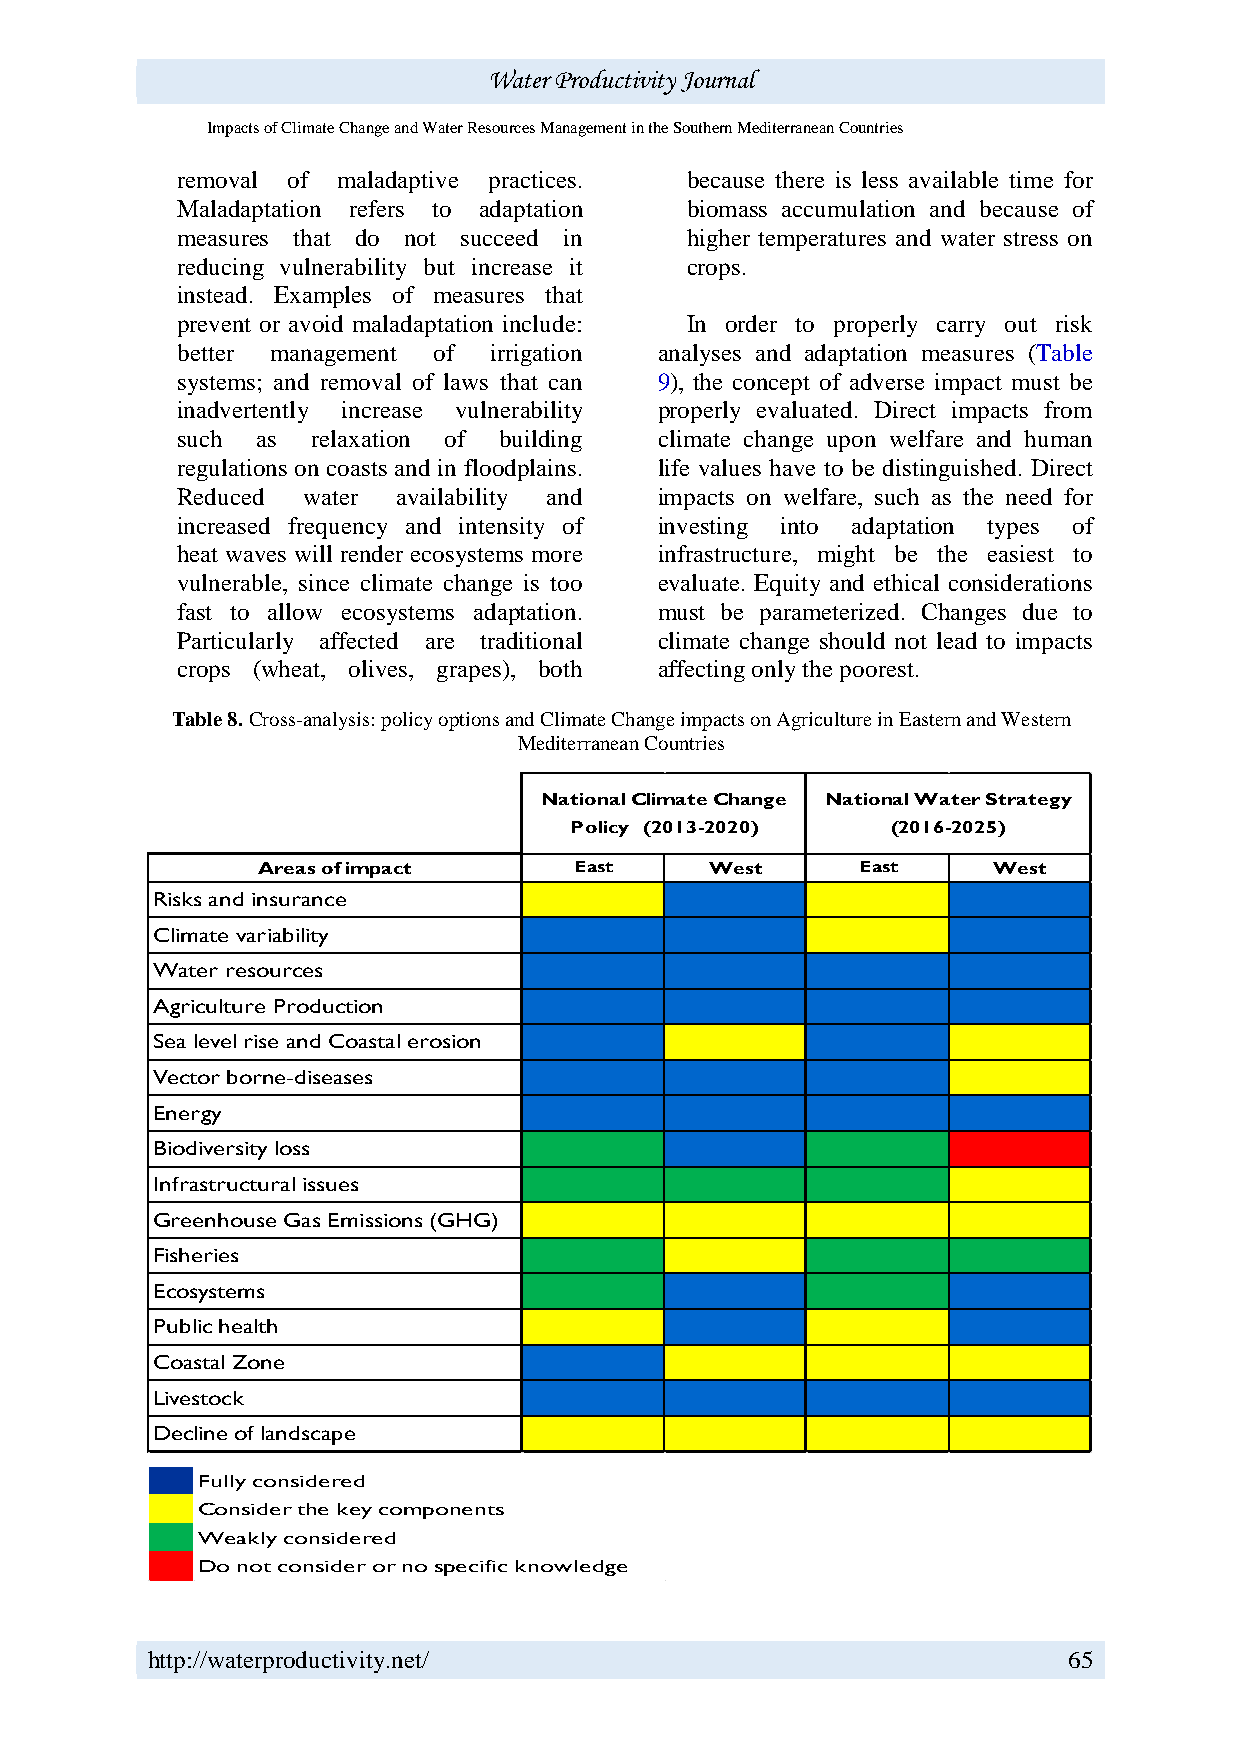
Water Productivity Journal
 Impacts of Climate Change and Water Resources Management in the Southern Mediterranean Countries
 removal of maladaptive practices. because there is less available time for
 Maladaptation refers to adaptation biomass accumulation and because of
 measures that do not succeed in  higher temperatures and water stress on
 reducing vulnerability but increase it crops.
 instead. Examples of measures that
 prevent or avoid maladaptation include: In order to properly carry out risk
 better management of irrigation analyses and adaptation measures (Table
 systems; and removal of laws that can 9), the concept of adverse impact must be
 inadvertently increase vulnerability properly evaluated. Direct impacts from
 such as  relaxation of building climate change upon welfare and human
 regulations on coasts and in floodplains. life values have to be distinguished. Direct
 Reduced water availability and  impacts on welfare, such as the need for
 increased frequency and intensity of investing into adaptation types of
 heat waves will render ecosystems more infrastructure, might be the easiest to
 vulnerable, since climate change is too evaluate. Equity and ethical considerations
 fast to allow ecosystems adaptation. must be parameterized. Changes due to
 Particularly affected are traditional climate change should not lead to impacts
 crops (wheat, olives, grapes), both affecting only the poorest.
 Table 8. Cross-analysis: policy options and Climate Change impacts on Agriculture in Eastern and Western
 Mediterranean Countries
 National Climate Change National Water Strategy
 Policy (2013-2020)   (2016-2025)
 Areas of impact      East     West      East     West
 Risks and insurance
 Climate variability
 Water resources
 Agriculture Production
 Sea level rise and Coastal erosion
 Vector borne-diseases
 Energy
 Biodiversity loss
 Infrastructural issues
 Greenhouse Gas Emissions (GHG)
 Fisheries
 Ecosystems
 Public health
 Coastal Zone
 Livestock
 Decline of landscape
 Fully considered
 Consider the key components
 Weakly considered
 Do not consider or no specific knowledge
 http://waterproductivity.net/                                65